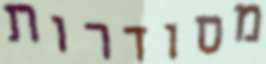
מסודרות